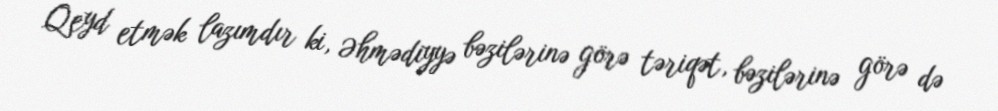
Qeyd etmək lazımdır ki, Əhmədiyyə bəzilərinə görə təriqət, bəzilərinə görə də